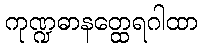
ကုဏ္ဍဓာနတ္ထေရဂါထာ